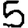
Digit: 5